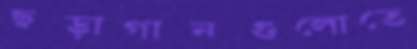
ছড়াগানগুলোতে